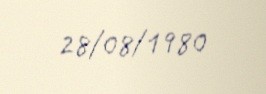
28/08/1980